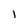
Character: l